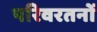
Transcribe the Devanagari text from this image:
परिवरतनों